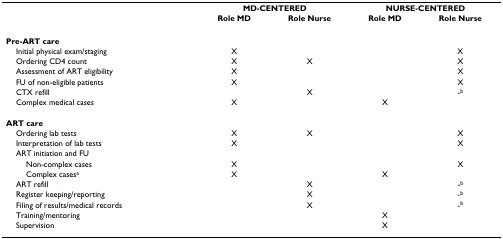
<table><thead><tr><td></td><td colspan="2"><b>MD-CENTERED</b></td><td colspan="2"><b>NURSE-CENTERED</b></td></tr><tr><td></td><td><b>Role MD </b></td><td><b>Role Nurse</b></td><td><b>Role MD </b></td><td><b>Role Nurse</b></td></tr></thead><tbody><tr><td><b>Pre-ART care</b></td><td></td><td></td><td></td><td></td></tr><tr><td> Initial physical exam/staging</td><td>X</td><td></td><td></td><td>X</td></tr><tr><td> Ordering CD4 count</td><td>X</td><td>X</td><td></td><td>X</td></tr><tr><td> Assessment of ART eligibility</td><td>X</td><td></td><td></td><td>X</td></tr><tr><td> FU of non-eligible patients</td><td>X</td><td></td><td></td><td>X</td></tr><tr><td> CTX refill</td><td></td><td>X</td><td></td><td>-<sup>b</sup></td></tr><tr><td> Complex medical cases</td><td>X</td><td></td><td>X</td><td></td></tr><tr><td><b>ART care</b></td><td></td><td></td><td></td><td></td></tr><tr><td> Ordering lab tests</td><td>X</td><td>X</td><td></td><td>X</td></tr><tr><td> Interpretation of lab tests</td><td>X</td><td></td><td></td><td>X</td></tr><tr><td> ART initiation and FU</td><td></td><td></td><td></td><td></td></tr><tr><td>Non-complex cases</td><td>X</td><td></td><td></td><td>X</td></tr><tr><td>Complex cases<sup>a</sup></td><td>X</td><td></td><td>X</td><td></td></tr><tr><td> ART refill</td><td></td><td>X</td><td></td><td>-<sup>b</sup></td></tr><tr><td> Register keeping/reporting</td><td></td><td>X</td><td></td><td>-<sup>b</sup></td></tr><tr><td> Filing of results/medical records</td><td></td><td>X</td><td></td><td>-<sup>b</sup></td></tr><tr><td> Training/mentoring</td><td></td><td></td><td>X</td><td></td></tr><tr><td> Supervision</td><td></td><td></td><td>X</td><td></td></tr></tbody></table>